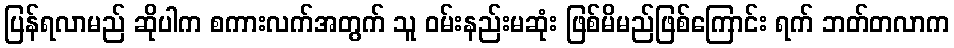
ပြန်ရလာမည် ဆိုပါက စကားလက်အတွက် သူ ဝမ်းနည်းမဆုံး ဖြစ်မိမည်ဖြစ်ကြောင်း ရက် ဘတ်တလာက